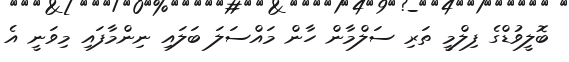
ބޮލީވުޑްގެ ފިލްމީ ތަރި ސަލްމާން ހާން މައްސަލަ ބަލައި ނިންމާފައި މިވަނީ އެ